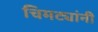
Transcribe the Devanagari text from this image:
चिमट्यांनी